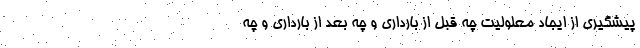
پیشگیری از ایجاد معلولیت چه قبل از بارداری و چه بعد از بارداری و چه